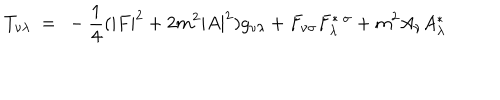
LaTeX: T _ { \nu \lambda } ~ = ~ - \frac { 1 } { 4 } ( | F | ^ { 2 } + 2 m ^ { 2 } | A | ^ { 2 } ) g _ { \nu \lambda } + F _ { \nu \sigma } F _ { \lambda } ^ { * ~ \sigma } + m ^ { 2 } A _ { \nu } A _ { \lambda } ^ { * }